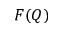
F ( Q )